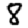
Digit: 8